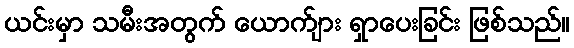
ယင်းမှာ သမီးအတွက် ယောက်ျား ရှာပေးခြင်း ဖြစ်သည်။